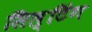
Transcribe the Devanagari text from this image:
सिल्टिंग